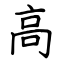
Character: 高